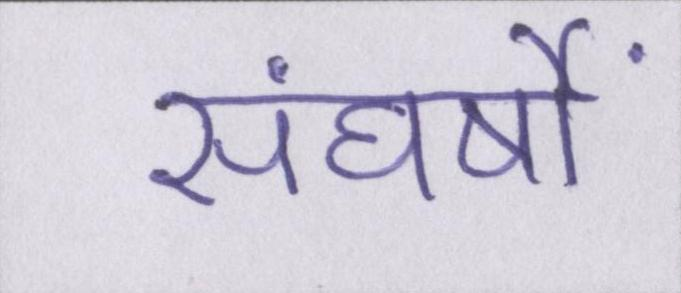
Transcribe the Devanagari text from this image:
संघर्षों